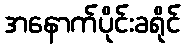
အနောက်ပိုင်းခရိုင်